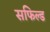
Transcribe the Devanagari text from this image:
सफिल्ड